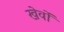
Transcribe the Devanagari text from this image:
खेवों